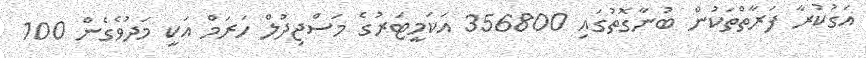
އަގުކުރާ ފަރާތްތަކުން ބުނާގޮތުގައި 356800 އަކަމީޓަރުގެ މަސްޖިދުލް ހަރަމް އަކީ މަދުވެގެން 100